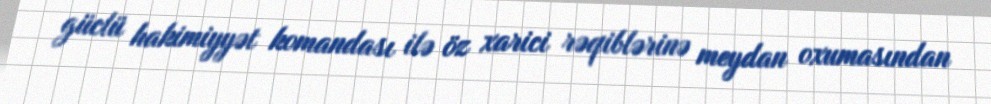
güclü hakimiyyət komandası ilə öz xarici rəqiblərinə meydan oxumasından